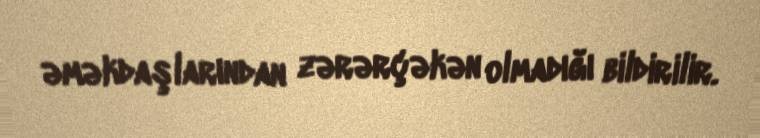
əməkdaşlarından zərərçəkən olmadığı bildirilir.